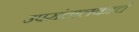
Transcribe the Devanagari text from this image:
उपसंचालकाचे